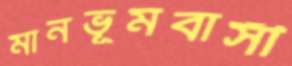
মানভূমবাসী